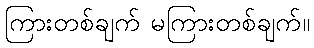
ကြားတစ်ချက် မကြားတစ်ချက်။